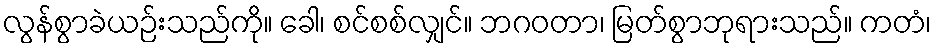
လွန်စွာခဲယဉ်းသည်ကို။ ခေါ၊ စင်စစ်လျှင်။ ဘဂဝတာ၊ မြတ်စွာဘုရားသည်။ ကတံ၊